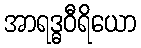
အာရဒ္ဓဝီရိယော